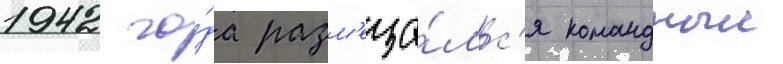
1942 го́да разм'еща́лс'я командныи